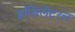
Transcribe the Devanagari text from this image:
इप्सिलेटरल